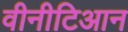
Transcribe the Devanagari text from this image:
वीनीटिआन